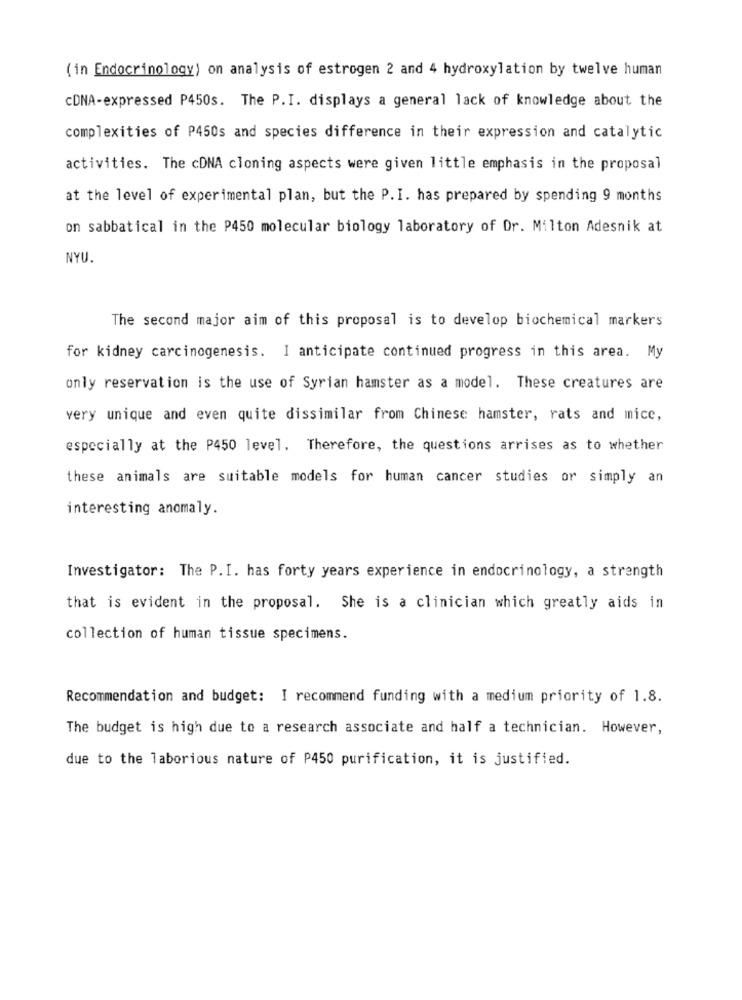
(in Endocrinology) on analysis of estrogen 2 and 4 hydroxylation by twelve human
cDNA-expressed P450s. The P.I. displays a general lack of knowledge about the
complexities of P450s and species difference in their expression and catalytic
activities. The cDNA cloning aspects were given little emphasis in the proposal
at the level of experimental plan, but the P. I. has prepared by spending 9 months
on sabbatical in the P450 molecular biology laboratory of Dr. Milton Adesnik at
NYU.
The second major aim of this proposal is to develop biochemical markers
for kidney carcinogenesis. I anticipate continued progress in this area. My
only reservation is the use of Syrian hamster as a model. These creatures are
very unique and even quite dissimilar from Chinese hamster, rats and mice,
especially at the P450 level. Therefore, the questions arrises as to whether
these animals are suitable models for human cancer studies or simply an
interesting anomaly.
Investigator: The P.I. has forty years experience in endocrinology, a strength
that is evident in the proposal. She is a clinician which greatly aids in
collection of human tissue specimens.
Recommendation and budget: I recommend funding with a medium priority of 1.8.
The budget is high due to a research associate and half a technician. However,
due to the laborious nature of P450 purification, it is justified.